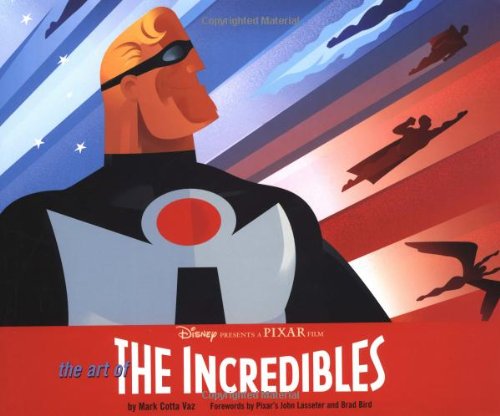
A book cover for The Art of The Incredibles; Mark Cotta Vaz; Arts & Photography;